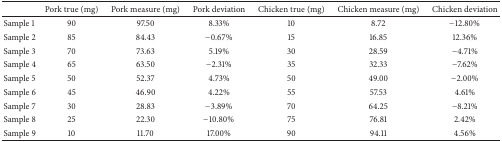
<table><thead><tr><td><b> </b></td><td><b>Pork true (mg)</b></td><td><b>Pork measure (mg)</b></td><td><b>Pork deviation</b></td><td><b>Chicken true (mg)</b></td><td><b>Chicken measure (mg)</b></td><td><b>Chicken deviation</b></td></tr></thead><tbody><tr><td>Sample 1</td><td>90</td><td>97.50 </td><td>8.33%</td><td>10</td><td>8.72 </td><td>−12.80%</td></tr><tr><td>Sample 2</td><td>85</td><td>84.43 </td><td>−0.67%</td><td>15</td><td>16.85 </td><td>12.36%</td></tr><tr><td>Sample 3</td><td>70</td><td>73.63 </td><td>5.19%</td><td>30</td><td>28.59</td><td>−4.71%</td></tr><tr><td>Sample 4</td><td>65</td><td>63.50 </td><td>−2.31%</td><td>35</td><td>32.33 </td><td>−7.62%</td></tr><tr><td>Sample 5</td><td>50</td><td>52.37 </td><td>4.73%</td><td>50</td><td>49.00</td><td>−2.00%</td></tr><tr><td>Sample 6</td><td>45</td><td>46.90 </td><td>4.22%</td><td>55</td><td>57.53</td><td>4.61%</td></tr><tr><td>Sample 7</td><td>30</td><td>28.83 </td><td>−3.89%</td><td>70</td><td>64.25 </td><td>−8.21%</td></tr><tr><td>Sample 8</td><td>25</td><td>22.30 </td><td>−10.80%</td><td>75</td><td>76.81</td><td>2.42%</td></tr><tr><td>Sample 9</td><td>10</td><td>11.70 </td><td>17.00%</td><td>90</td><td>94.11</td><td>4.56%</td></tr></tbody></table>